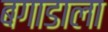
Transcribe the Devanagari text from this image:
बगाडाला